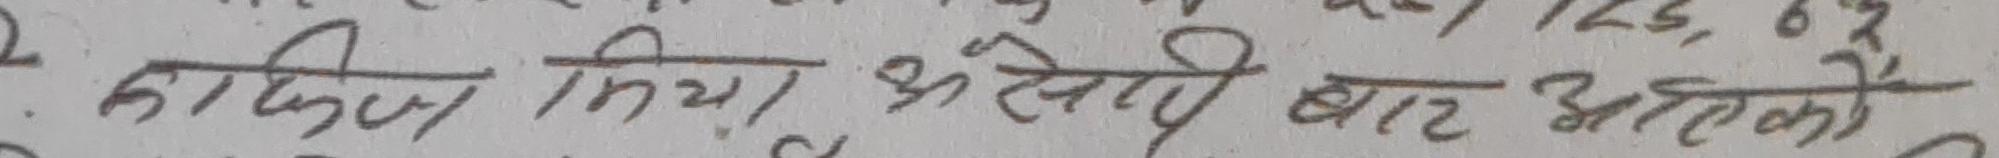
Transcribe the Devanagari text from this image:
कान्छन मिया श्री खूपी बार अत्तेको